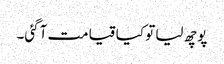
پوچھ لیا تو کیا قیامت آگئی۔